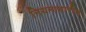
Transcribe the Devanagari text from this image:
नियमाधारीत